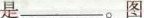
是_________。图